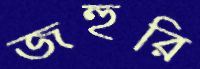
জহুরি